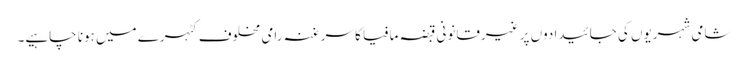
شامی شہریوں کی جائیدادوں پر غیرقانونی قبضہ مافیا کا سرغنہ رامی مخلوف کٹہرے میں ہونا چاہیے۔